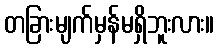
တခြားမျက်မှန်မရှိဘူးလား။